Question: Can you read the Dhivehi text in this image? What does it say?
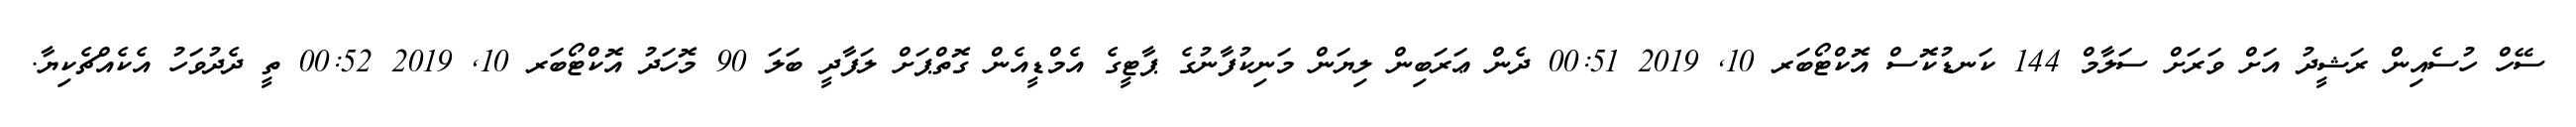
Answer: ސޭހް ހުސެއިން ރަޝީދު އަށް ވަރަށް ސަލާމް 144 ކަނޑުކޮސް އޮކްޓޯބަރ 10, 2019 00:51 ދެން ޢަރަބިން ލިޔަން މަނިކުފާނުގެ ޕާޓީގެ އެމްޑީއެން ގޮތްޕަށް ލަފާދީ ބަލަ 90 މޮހަދު އޮކްޓޯބަރ 10, 2019 00:52 ތީ ދެދުވަހު އެކެއްޗެކިޔާ.